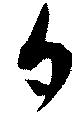
夕